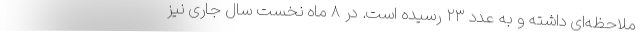
ملاحظه‌ای داشته و به عدد ۲۳ رسیده است. در ۸ ماه نخست سال جاری نیز